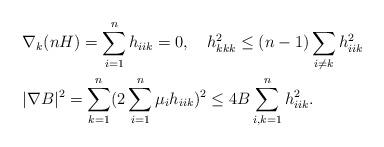
LaTeX: \begin{align*}\begin{aligned}&\nabla_k(nH)=\sum_{i=1}^nh_{iik}=0, \ \ \ h_{kkk}^2\leq (n-1)\sum_{i\neq k}h_{iik}^2\\&|\nabla B|^2=\sum_{k=1}^n(2\sum_{i=1}^n\mu_ih_{iik})^2\leq 4B\sum_{i,k=1}^nh_{iik}^2.\end{aligned}\end{align*}